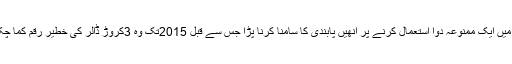
2016 میں ایک ممنوعہ دوا استعمال کرنے پر انھیں پابندی کا سامنا کرنا پڑا جس سے قبل 2015تک وہ 3کروڑ ڈالر کی خطیر رقم کما چکی تھیں۔